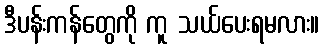
ဒီပန်းကန်တွေကို ကူ သယ်ပေးရမလား။